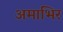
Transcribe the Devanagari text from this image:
अमाभिर